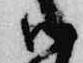
御